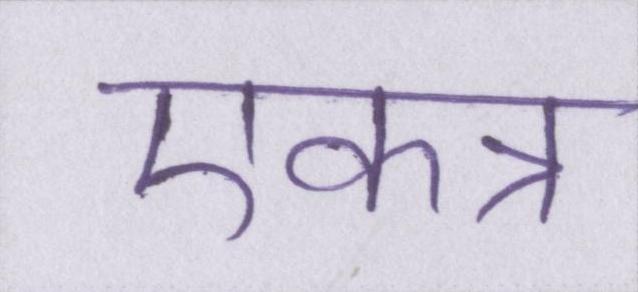
एकत्र